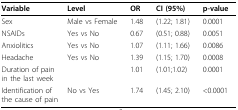
<table><thead><tr><td><b>Variable</b></td><td><b>Level</b></td><td><b>OR</b></td><td><b>CI (95%)</b></td><td><b>p-value</b></td></tr></thead><tbody><tr><td>Sex</td><td>Male vs Female</td><td>1.48</td><td>(1.22; 1.81)</td><td>0.0001</td></tr><tr><td>NSAIDs</td><td>Yes vs No</td><td>0.67</td><td>(0.51; 0.88)</td><td>0.0051</td></tr><tr><td>Anxiolitics</td><td>Yes vs No</td><td>1.07</td><td>(1.11; 1.66)</td><td>0.0086</td></tr><tr><td>Headache</td><td>Yes vs No</td><td>1.39</td><td>(1.15; 1.70)</td><td>0.0008</td></tr><tr><td>Duration of pain in the last week</td><td></td><td>1.01</td><td>(1.01;1.02)</td><td>0.0001</td></tr><tr><td>Identification of the cause of pain</td><td>No vs Yes</td><td>1.74</td><td>(1.45; 2.10)</td><td>&lt;0.0001</td></tr></tbody></table>